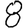
Digit: 8